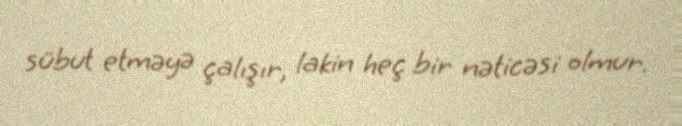
sübut etməyə çalışır, lakin heç bir nəticəsi olmur.